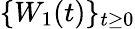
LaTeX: \{ W_{1}(t)\} _{t\geq 0}